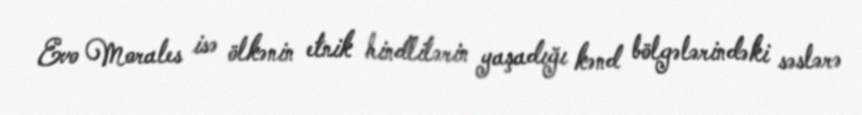
Evo Morales isə ölkənin etnik hindlilərin yaşadığı kənd bölgələrindəki səslərə